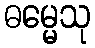
ဓမ္မေသု